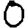
Digit: 0